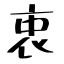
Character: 衷